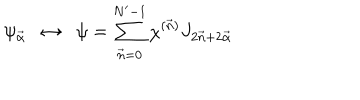
\psi _ { \vec { \alpha } } \; \; \leftrightarrow \; \; \psi = \sum _ { \vec { n } = 0 } ^ { N ^ { \prime } - 1 } \chi ^ { ( \vec { n } ) } J _ { 2 \vec { n } + 2 \vec { \alpha } }